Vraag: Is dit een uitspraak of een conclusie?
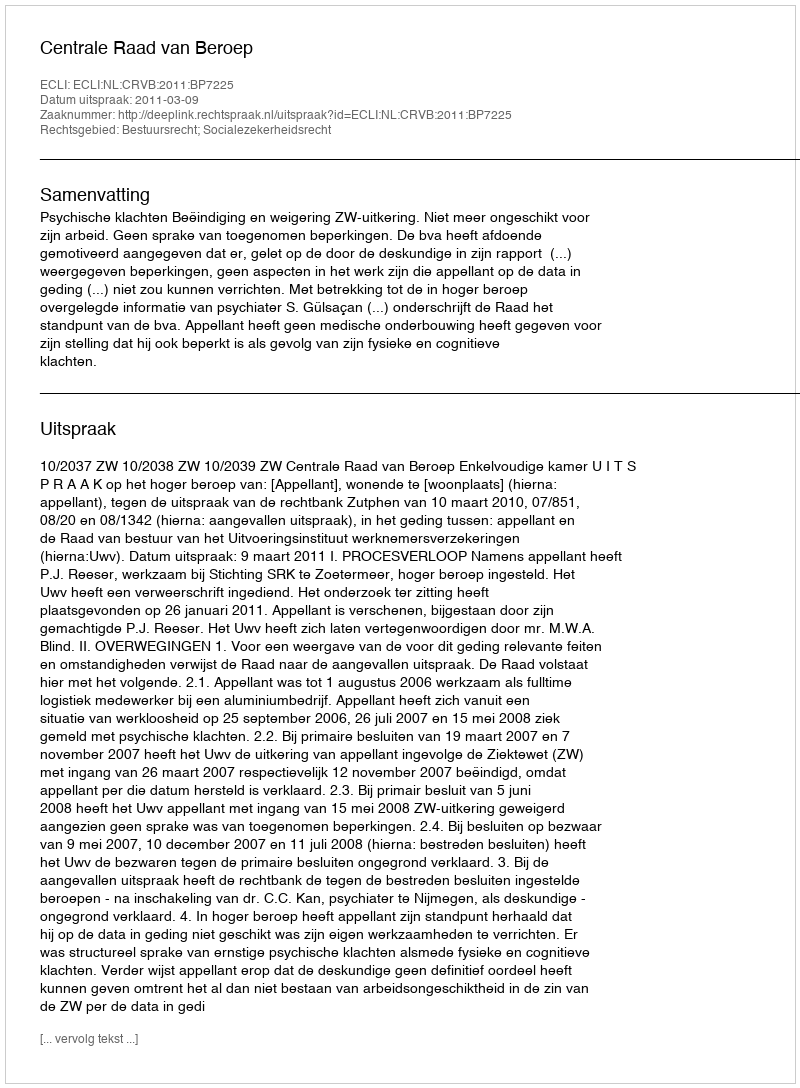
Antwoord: Uitspraak